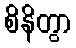
စိနိတွာ